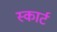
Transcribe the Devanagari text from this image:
स्कार्ट